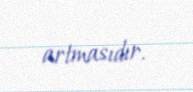
artmasıdır.